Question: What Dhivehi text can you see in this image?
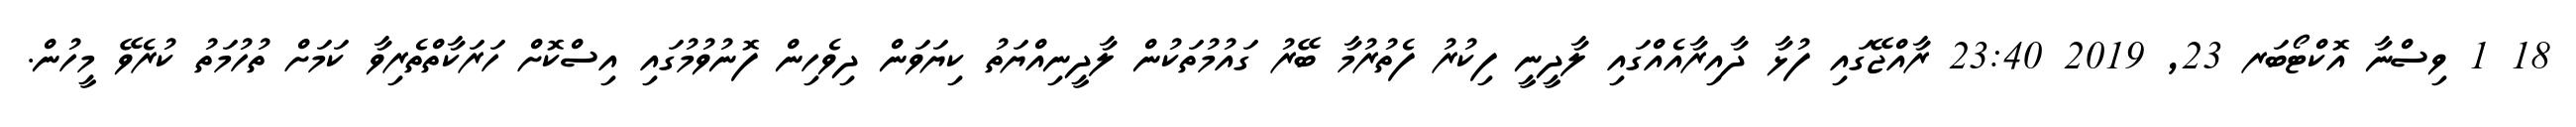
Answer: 18 1 ވިސްނާ އޮކްޓޯބަރ 23, 2019 23:40 ރާއްޖޭގައި ފުޅާ ދާއިރާއެއްގައި ލާދީނީ ފިކުރު ފެތުރުމާ ބޭރު ގައުމުތަކުން ލާދީނިއްޔަތު ކިޔަވަން ދިވެހިން ފޮނުވުމުގައި އިސްކޮށް ހަރަކާތްތެރިވާ ކަމަށް ތުހުމަތު ކުރެވޭ މީހުން.